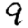
Digit: 9